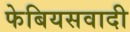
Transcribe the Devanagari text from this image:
फेबियसवादी